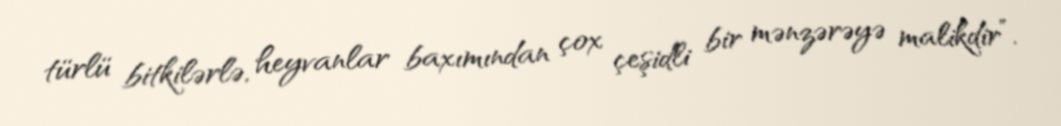
türlü bitkilərlə, heyvanlar baxımından çox çeşidli bir mənzərəyə malikdir”.